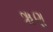
ૠણ